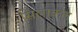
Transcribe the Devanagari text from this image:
सिलाकल